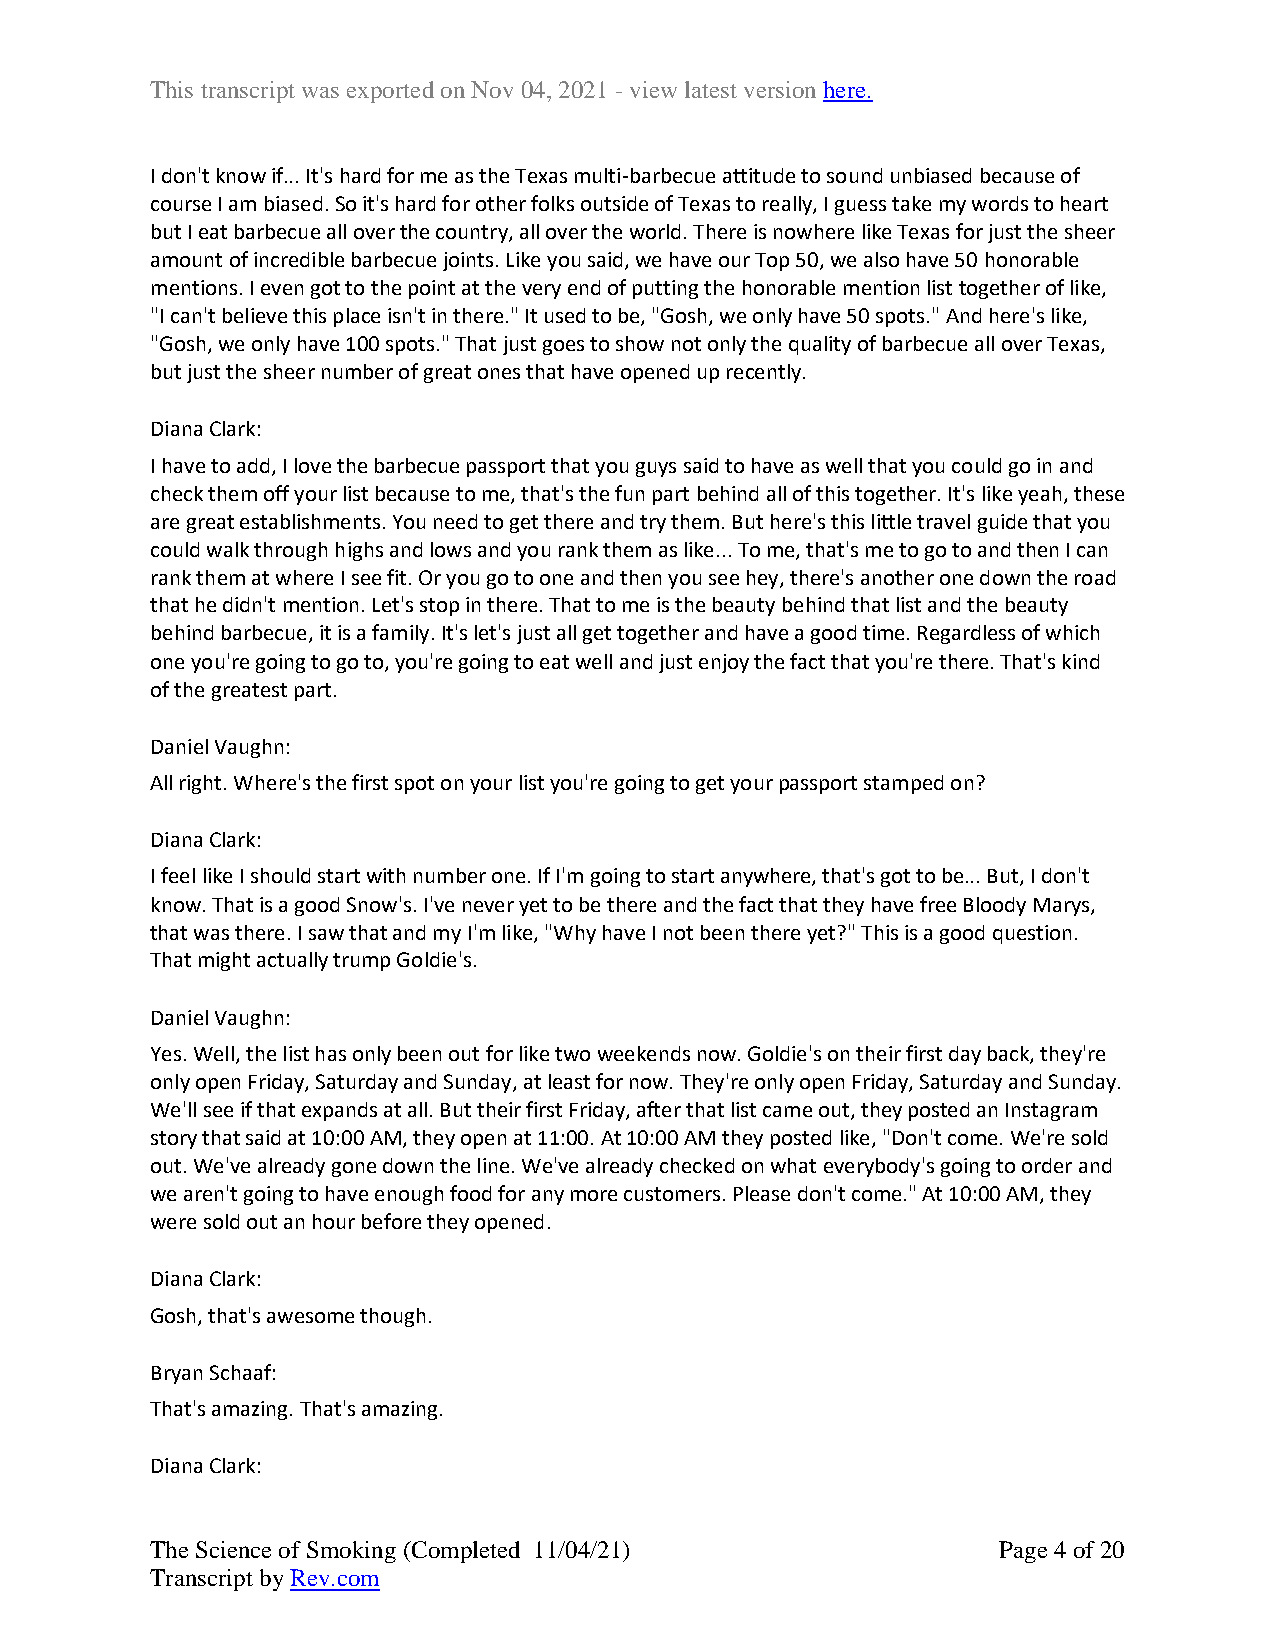
This transcript was exported on Nov 04, 2021 - view latest version here.
 I don't know if... It's hard for me as the Texas multi-barbecue attitude to sound unbiased because of
 course I am biased. So it's hard for other folks outside of Texas to really, I guess take my words to heart
 but I eat barbecue all over the country, all over the world. There is nowhere like Texas for just the sheer
 amount of incredible barbecue joints. Like you said, we have our Top 50, we also have 50 honorable
 mentions. I even got to the point at the very end of putting the honorable mention list together of like,
 "I can't believe this place isn't in there." It used to be, "Gosh, we only have 50 spots." And here's like,
 "Gosh, we only have 100 spots." That just goes to show not only the quality of barbecue all over Texas,
 but just the sheer number of great ones that have opened up recently.
 Diana Clark:
 I have to add, I love the barbecue passport that you guys said to have as well that you could go in and
 check them off your list because to me, that's the fun part behind all of this together. It's like yeah, these
 are great establishments. You need to get there and try them. But here's this little travel guide that you
 could walk through highs and lows and you rank them as like... To me, that's me to go to and then I can
 rank them at where I see fit. Or you go to one and then you see hey, there's another one down the road
 that he didn't mention. Let's stop in there. That to me is the beauty behind that list and the beauty
 behind barbecue, it is a family. It's let's just all get together and have a good time. Regardless of which
 one you're going to go to, you're going to eat well and just enjoy the fact that you're there. That's kind
 of the greatest part.
 Daniel Vaughn:
 All right. Where's the first spot on your list you're going to get your passport stamped on?
 Diana Clark:
 I feel like I should start with number one. If I'm going to start anywhere, that's got to be... But, I don't
 know. That is a good Snow's. I've never yet to be there and the fact that they have free Bloody Marys,
 that was there. I saw that and my I'm like, "Why have I not been there yet?" This is a good question.
 That might actually trump Goldie's.
 Daniel Vaughn:
 Yes. Well, the list has only been out for like two weekends now. Goldie's on their first day back, they're
 only open Friday, Saturday and Sunday, at least for now. They're only open Friday, Saturday and Sunday.
 We'll see if that expands at all. But their first Friday, after that list came out, they posted an Instagram
 story that said at 10:00 AM, they open at 11:00. At 10:00 AM they posted like, "Don't come. We're sold
 out. We've already gone down the line. We've already checked on what everybody's going to order and
 we aren't going to have enough food for any more customers. Please don't come." At 10:00 AM, they
 were sold out an hour before they opened.
 Diana Clark:
 Gosh, that's awesome though.
 Bryan Schaaf:
 That's amazing. That's amazing.
 Diana Clark:
 The Science of Smoking (Completed 11/04/21)             Page 4 of 20
 Transcript by Rev.com